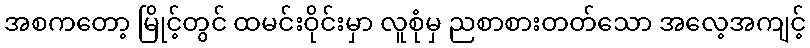
အစကတော့ မြိုင့်တွင် ထမင်းဝိုင်းမှာ လူစုံမှ ညစာစားတတ်သော အလေ့အကျင့်